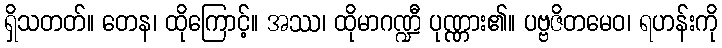
ရှိသတတ်။ တေန၊ ထိုကြောင့်။ အဿ၊ ထိုမာဂဏ္ဍီ ပုဏ္ဏား၏။ ပဗ္ဗဇိတမေဝ၊ ရဟန်းကို